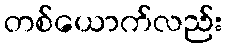
တစ်ယောက်လည်း